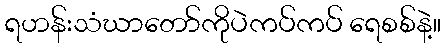
ရဟန်းသံဃာတော်ကိုပဲကပ်ကပ် ရေစစ်နဲ့။